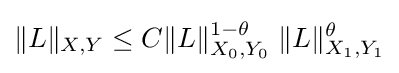
\|L\|_{X,Y}\leq C\|L\|_{X_{0},Y_{0}}^{1-\theta }\;\|L\|_{X_{1},Y_{1}}^{\theta }